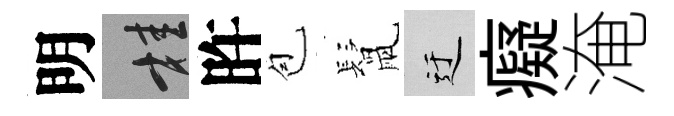
明桂旿苞鬛迂癡淹